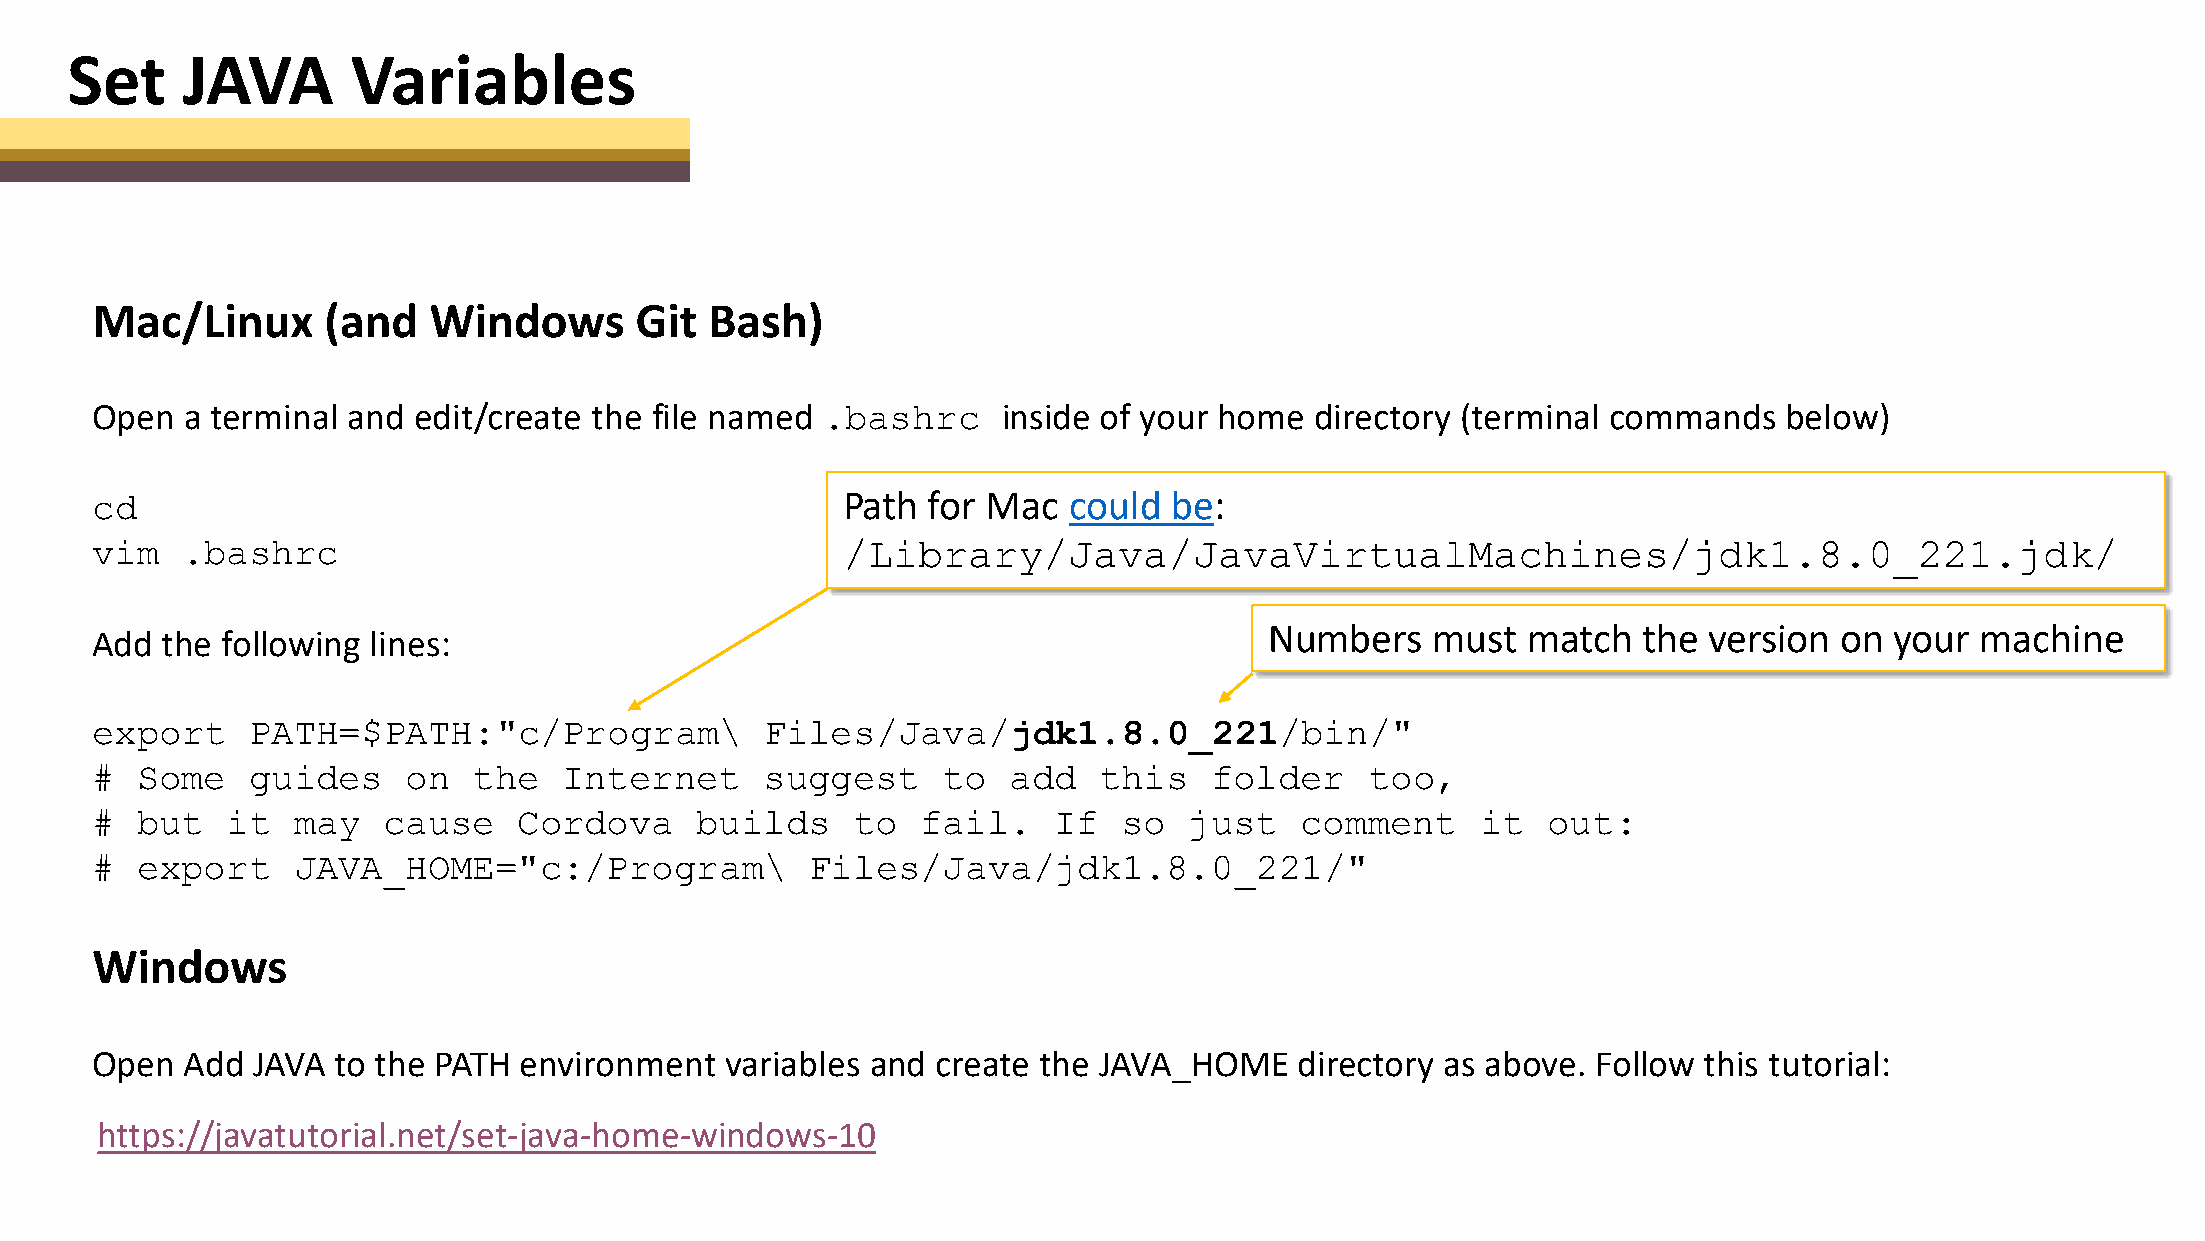
Set     JAVA       Variables
 Mac/Linux      (and   Windows       Git  Bash)
 Open  a terminal and edit/create the file named .bashrc     inside of your home  directory (terminal commands   below)
 cd                                                Path for Mac   could  be:
 vim   .bashrc                                     /Library/Java/JavaVirtualMachines/jdk1.8.0_221.jdk/
 Numbers    must  match   the version  on your  machine
 Add  the following lines:
 export     PATH=$PATH:"c/Program\            Files/Java/jdk1.8.0_221/bin/"
 #  Some    guides    on  the   Internet      suggest    to   add   this   folder     too,
 #  but   it  may   cause    Cordova     builds     to  fail.    If  so   just   comment     it  out:
 #  export    JAVA_HOME="c:/Program\             Files/Java/jdk1.8.0_221/"
 Windows
 Open  Add  JAVA to the PATH environment   variables and create the JAVA_HOME    directory as above. Follow this tutorial:
 https://javatutorial.net/set-java-home-windows-10